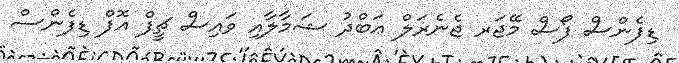
ޑިފެންސް ފޯސް މޭޖަރ ޖެނެރަލް ޢަބްދު ޝަމާލާއި ވައިސް ޗީފް އޮފް ޑިފެންސް